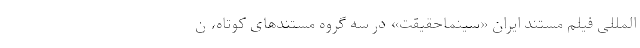
المللی فیلم مستند ایران «سینماحقیقت» در سه گروه مستندهای کوتاه، ن